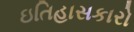
ઇતિહાસકારો